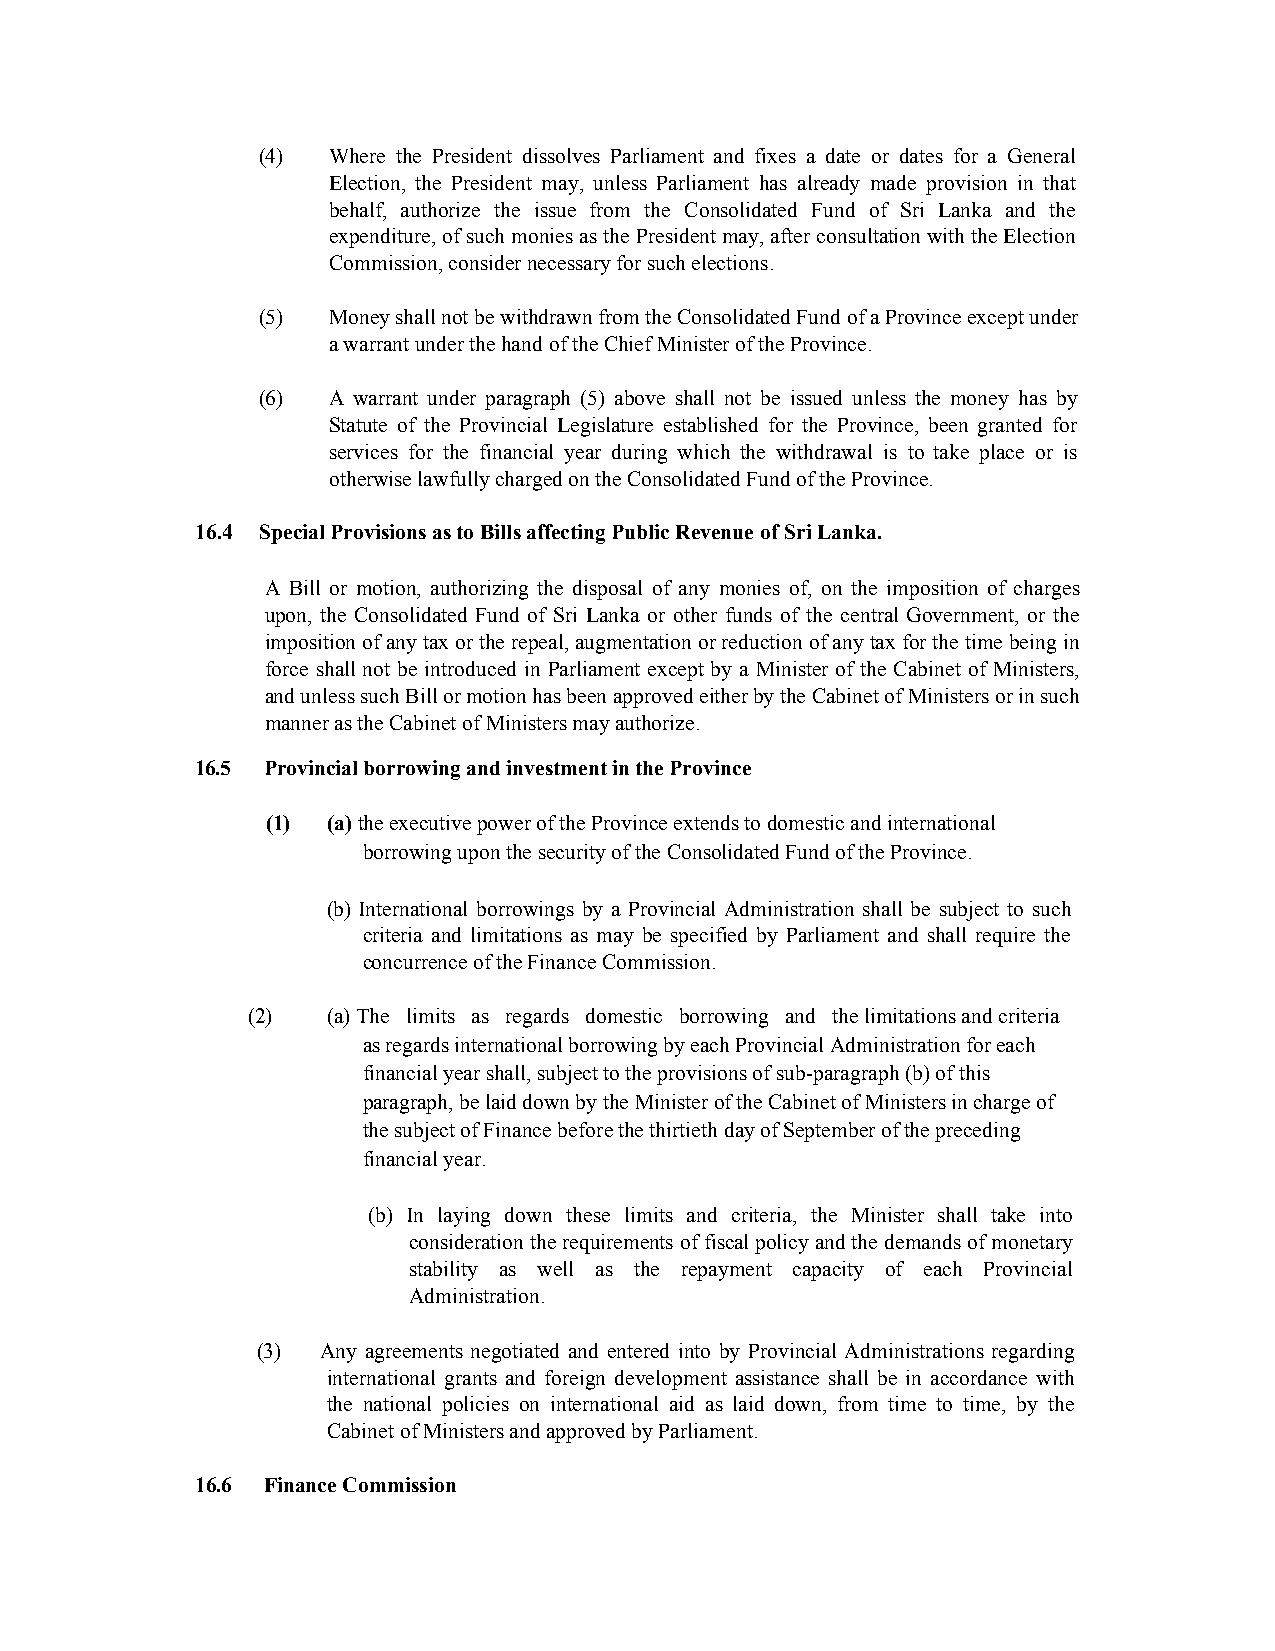
(4)  Where the President dissolves Parliament and fixes a date or dates for a General
 Election, the President may, unless Parliament has already made provision in that
 behalf, authorize the issue from the Consolidated Fund of Sri Lanka and the
 expenditure, of such monies as the President may, after consultation with the Election
 Commission, consider necessary for such elections.
 (5)  Money shall not be withdrawn from the Consolidated Fund of a Province except under
 a warrant under the hand of the Chief Minister of the Province.
 (6)  A warrant under paragraph (5) above shall not be issued unless the money has by
 Statute of the Provincial Legislature established for the Province, been granted for
 services for the financial year during which the withdrawal is to take place or is
 otherwise lawfully charged on the Consolidated Fund of the Province.
 16.4 Special Provisions as to Bills affecting Public Revenue of Sri Lanka.
 A Bill or motion, authorizing the disposal of any monies of, on the imposition of charges
 upon, the Consolidated Fund of Sri Lanka or other funds of the central Government, or the
 imposition of any tax or the repeal, augmentation or reduction of any tax for the time being in
 force shall not be introduced in Parliament except by a Minister of the Cabinet of Ministers,
 and unless such Bill or motion has been approved either by the Cabinet of Ministers or in such
 manner as the Cabinet of Ministers may authorize.
 16.5 Provincial borrowing and investment in the Province
 (1) (a) the executive power of the Province extends to domestic and international
 borrowing upon the security of the Consolidated Fund of the Province.
 (b) International borrowings by a Provincial Administration shall be subject to such
 criteria and limitations as may be specified by Parliament and shall require the
 concurrence of the Finance Commission.
 (2)  (a) The limits as regards domestic borrowing and the limitations and criteria
 as regards international borrowing by each Provincial Administration for each
 financial year shall, subject to the provisions of sub-paragraph (b) of this
 paragraph, be laid down by the Minister of the Cabinet of Ministers in charge of
 the subject of Finance before the thirtieth day of September of the preceding
 financial year.
 (b) In laying down these limits and criteria, the Minister shall take into
 consideration the requirements of fiscal policy and the demands of monetary
 stability as well as the repayment capacity of each Provincial
 Administration.
 (3) Any agreements negotiated and entered into by Provincial Administrations regarding
 international grants and foreign development assistance shall be in accordance with
 the national policies on international aid as laid down, from time to time, by the
 Cabinet of Ministers and approved by Parliament.
 16.6 Finance Commission